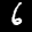
Label: 6